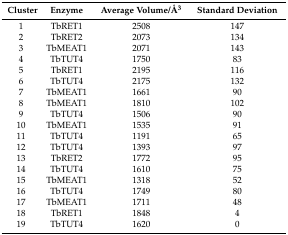
| Cluster | Enzyme | Average Volume/Å3 | Standard Deviation |
 | --- | --- | --- | --- |
 | 1 | TbRET1 | 2508 | 147 |
 | 2 | TbRET2 | 2073 | 134 |
 | 3 | TbMEAT1 | 2071 | 143 |
 | 4 | TbTUT4 | 1750 | 83 |
 | 5 | TbRET1 | 2195 | 116 |
 | 6 | TbTUT4 | 2175 | 132 |
 | 7 | TbMEAT1 | 1661 | 90 |
 | 8 | TbMEAT1 | 1810 | 102 |
 | 9 | TbTUT4 | 1506 | 90 |
 | 10 | TbMEAT1 | 1535 | 91 |
 | 11 | TbTUT4 | 1191 | 65 |
 | 12 | TbTUT4 | 1393 | 97 |
 | 13 | TbRET2 | 1772 | 95 |
 | 14 | TbTUT4 | 1610 | 75 |
 | 15 | TbMEAT1 | 1318 | 52 |
 | 16 | TbTUT4 | 1749 | 80 |
 | 17 | TbMEAT1 | 1711 | 48 |
 | 18 | TbRET1 | 1848 | 4 |
 | 19 | TbTUT4 | 1620 | 0 |